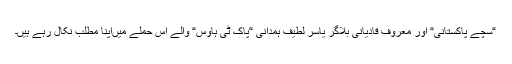
“سچے پاکستانی“ اور معروف قادیانی بلاگر یاسر لطیف ہمدانی “پاک ٹی ہاوس“ والے اس حملے میں‌اپنا مطلب نکال رہے ہیں۔